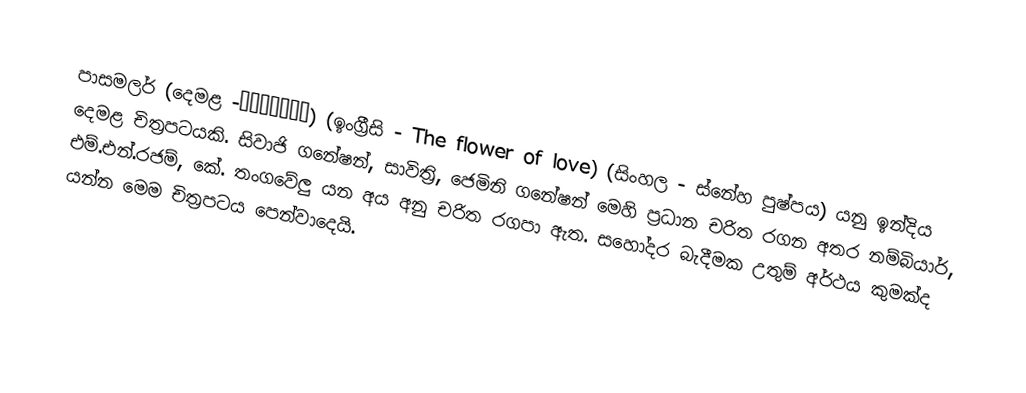
පාසමලර් (දෙමළ -பாசமலர்) (ඉංග්‍රීසි - The flower of love) (සිංහල - ස්නේහ පුෂ්පය) යනු ඉන්දිය දෙමළ චිත්‍රපටයකි. සිවාජි ගනේෂන්, සාවිත්‍රි, ජෙමිනි ගනේෂන් මෙහි ප්‍රධාන චරිත රගන අතර නම්බියාර්, එම්.එන්.රජම්, කේ. තංගවේලු යන අය අනු චරිත රගපා ඇත. සහෝදර බැදීමක උතුම් අර්ථය කුමක්ද යන්න මෙම චිත්‍රපටය පෙන්වාදෙයි.